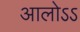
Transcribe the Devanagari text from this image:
आलोऽऽ